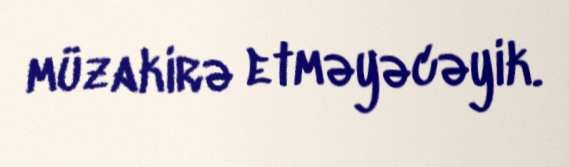
müzakirə etməyəcəyik.